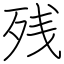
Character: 残